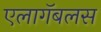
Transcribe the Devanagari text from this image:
एलागॅबलस